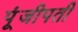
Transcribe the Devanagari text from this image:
पूंजीपती